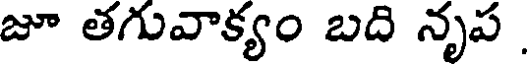
జూ తగువాక్యం బది నృప